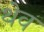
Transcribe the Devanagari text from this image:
थेव